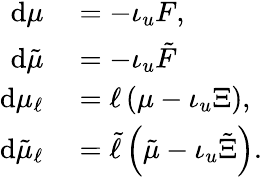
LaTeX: \begin{array}{rl}{\mathrm{d}\mu}&{{}=-\iota_{u}F,}\\ {\mathrm{d}\tilde{\mu}}&{{}=-\iota_{u}\tilde{F}}\\ {\mathrm{d}\mu_{\ell}}&{{}=\ell\left(\mu-\iota_{u}\Xi\right),}\\ {\mathrm{d}\tilde{\mu}_{\ell}}&{{}=\tilde{\ell}\left(\tilde{\mu}-\iota_{u}\tilde{\Xi}\right).}\end{array}